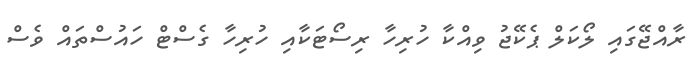
ރާއްޖޭގައި ލޯކަލް ޕެކޭޖު ވިއްކާ ހުރިހާ ރިސޯޓަކާއި ހުރިހާ ގެސްޓް ހައުސްތައް ވެސް